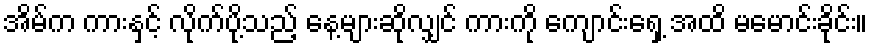
အိမ်က ကားနှင့် လိုက်ပို့သည့် နေ့များဆိုလျှင် ကားကို ကျောင်းရှေ့ အထိ မမောင်းခိုင်း။